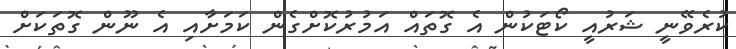
ކުރެވޭނީ ޝަރުއީ ކޯޓަކުން އެ ގޮތައް އަމުރުކޮށްގެން ކަމަށާއި އެ ނޫން ގޮތަކަށް